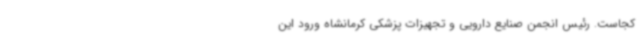
کجاست. رئیس انجمن صنایع دارویی و تجهیزات پزشکی کرمانشاه ورود این